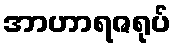
အာဟာရဇရုပ်